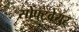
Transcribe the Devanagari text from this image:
सोफ्ट्वेयर